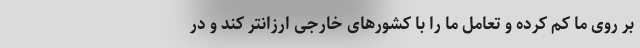
بر روی ما کم کرده و تعامل ما را با کشورهای خارجی ارزانتر کند و در